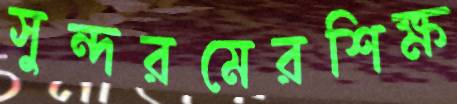
সুন্দরমেরশিক্ষ